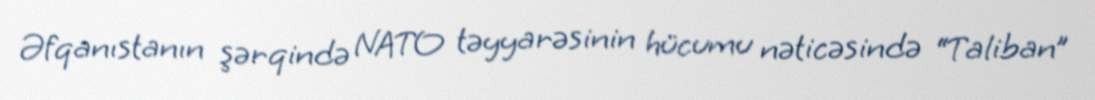
Əfqanıstanın şərqində NATO təyyarəsinin hücumu nəticəsində “Taliban”